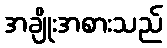
အချိုးအစားသည်